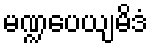
မဏ္ဍပေယျမိဒံ